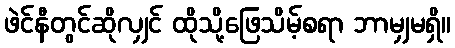
ဖဲင်နီတွင်ဆိုလျှင် ထိုသို့ဖြေသိမ့်စရာ ဘာမျှမရှိ။